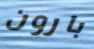
بارون